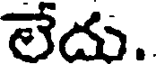
లేదు.